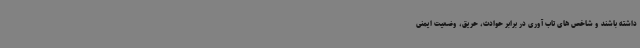
داشته باشند و شاخص های تاب آوری در برابر حوادث، حریق، وضعیت ایمنی